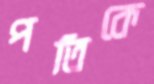
পতিকে